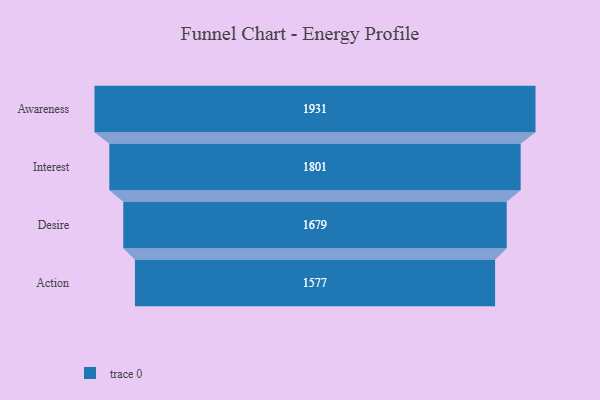
{"axis": {"x": "Stage", "y": "Value"}, "legend": [""], "data": [{"x": "Awareness", "y": 1931.0, "type": ""}, {"x": "Interest", "y": 1801.0, "type": ""}, {"x": "Desire", "y": 1679.0, "type": ""}, {"x": "Action", "y": 1577.0, "type": ""}]}